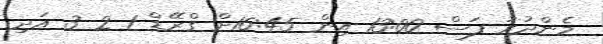
މެންދުުރު ފަސް 13:00 އިން 16:45ށް ގްރޭޑް 1 2 3 އަދި